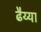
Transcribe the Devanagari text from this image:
ढैय्या